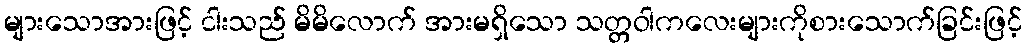
များသောအားဖြင့် ငါးသည် မိမိလောက် အားမရှိသော သတ္တဝါကလေးများကိုစားသောက်ခြင်းဖြင့်